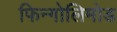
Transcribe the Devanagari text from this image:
फिन्गोलिमोड